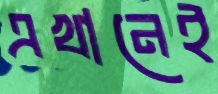
এখানেই